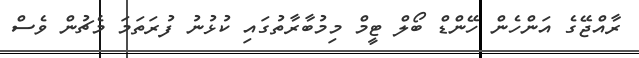
ރާއްޖޭގެ އަންހެން ހޭންޑް ބޯލް ޓީމް މިމުބާރާތުގައި ކުޅުނު ފުރަތަމަ މެޗުން ވެސް